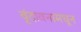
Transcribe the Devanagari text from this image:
वृंदावनामधून